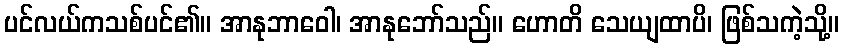
ပင်လယ်ကသစ်ပင်၏။ အာနုဘာဝေါ၊ အာနုဘော်သည်။ ဟောတိ သေယျထာပိ၊ ဖြစ်သကဲ့သို့။